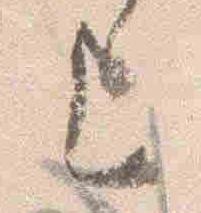
上